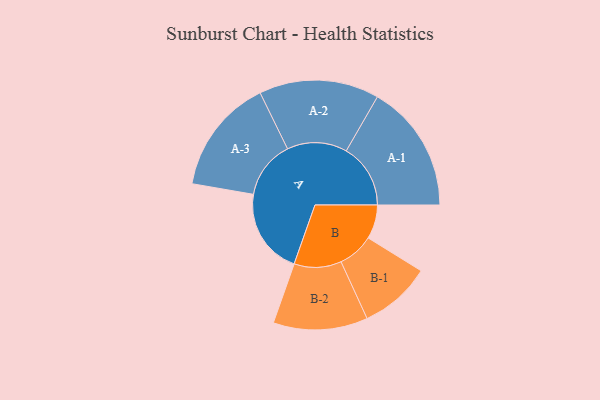
{"axis": {"x": "Segment", "y": "Value"}, "legend": ["", "A", "B"], "data": [{"x": "A", "y": 364, "type": ""}, {"x": "B", "y": 144, "type": ""}, {"x": "A-1", "y": 272, "type": "A"}, {"x": "A-2", "y": 254, "type": "A"}, {"x": "A-3", "y": 245, "type": "A"}, {"x": "B-1", "y": 152, "type": "B"}, {"x": "B-2", "y": 200, "type": "B"}]}